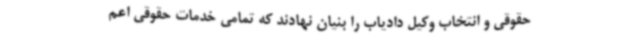
حقوقی و انتخاب وکیل دادیاب را بنیان نهادند که تمامی خدمات حقوقی اعم